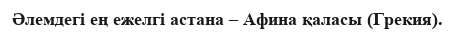
Әлемдегі ең ежелгі астана – Афина қаласы (Грекия).